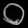
Digit: ၀